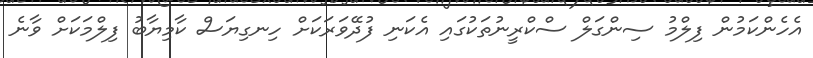
އެހެންކަމުން ފިލްމު ސިންގަލް ސްކްރީނުތަކުގައި އެކަނި ފުދޭވަރަކަށް ހިނގިޔަސް ކާމިޔާބު ފިލްމަކަށް ވާނެ